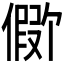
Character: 𪝪